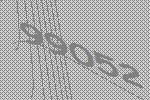
99052